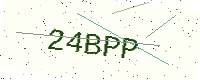
Text: 24BPP